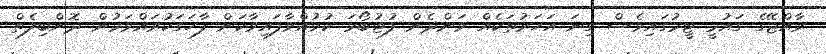
ރާއްޖޭގެ ގައުމީ ޓީމުގައިވެސް ގިނަ އަހަރުތަކެއް ވަންދެން ފުޓުބޯޅަ ކުޅުއްވާފައިވާކަން ފާހަގަކުރައްވަމުން ދޮންބިލެތް